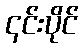
၎င်းပိုင်